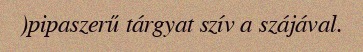
)pipaszerű tárgyat szív a szájával.